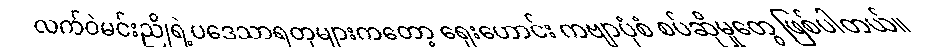
လက်ဝဲမင်းညိုရဲ့ပဒေသာရတုများကတော့ ရှေးဟောင်း ကဗျာပုံစံ စပ်ဆိုမှုတွေ ဖြစ်ပါတယ်။